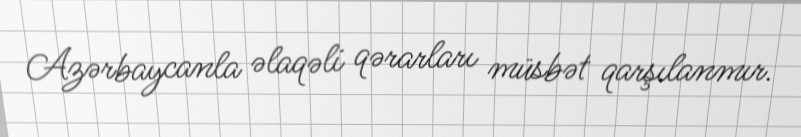
Azərbaycanla əlaqəli qərarları müsbət qarşılanmır.